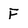
Character: F